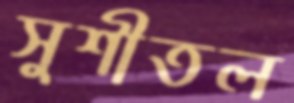
সুশীতল